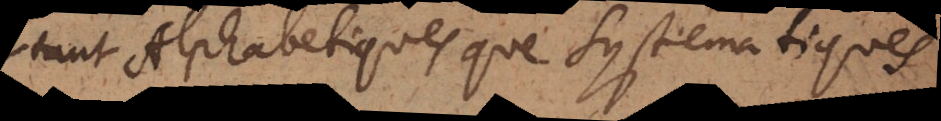
tant Alphabetiques que Systematiques,